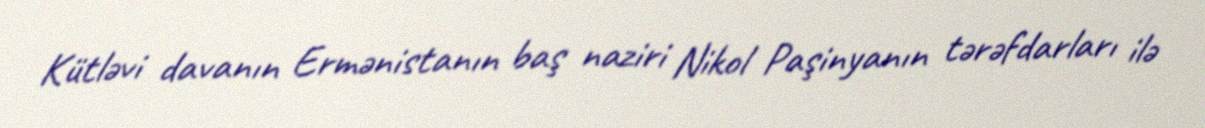
Kütləvi davanın Ermənistanın baş naziri Nikol Paşinyanın tərəfdarları ilə